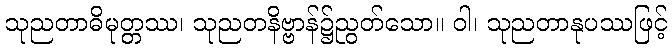
သုညတာဓိမုတ္တဿ၊ သုညတနိဗ္ဗာန်၌ညွတ်သော။ ဝါ၊ သုညတာနုပဿဖြင့်